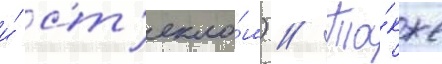
и́ ст'екло́м) // Та́кже